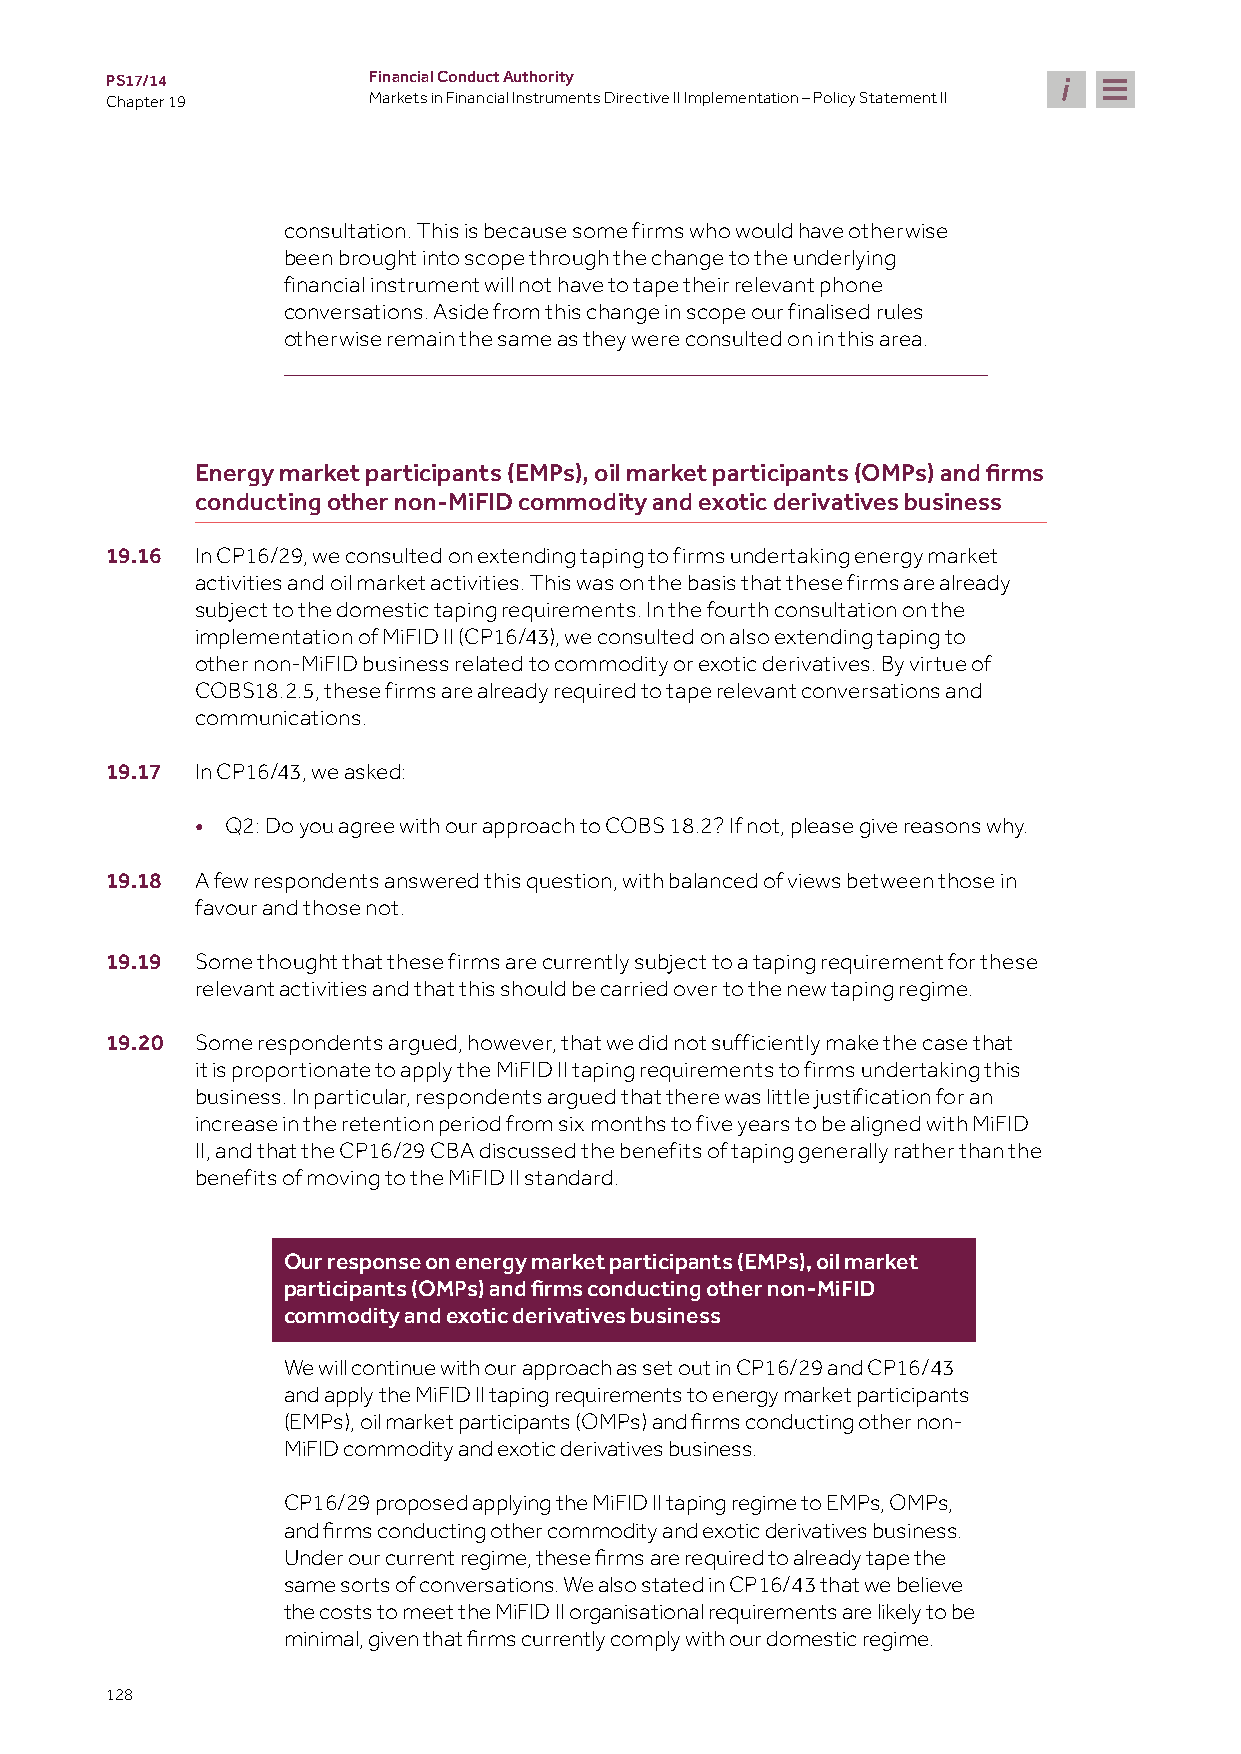
PS17/14          Financial Conduct Authority
 Chapter 19       Markets in Financial Instruments Directive II Implementation – Policy Statement II
 consultation. This is because some firms who would have otherwise
 been brought into scope through the change to the underlying
 financial instrument will not have to tape their relevant phone
 conversations. Aside from this change in scope our finalised rules
 otherwise remain the same as they were consulted on in this area.
 Energy market participants (EMPs), oil market participants (OMPs) and firms
 conducting other non-MiFID commodity and exotic derivatives business
 19.16 In CP16/29, we consulted on extending taping to firms undertaking energy market
 activities and oil market activities. This was on the basis that these firms are already
 subject to the domestic taping requirements. In the fourth consultation on the
 implementation of MiFID II (CP16/43), we consulted on also extending taping to
 other non-MiFID business related to commodity or exotic derivatives. By virtue of
 COBS18.2.5, these firms are already required to tape relevant conversations and
 communications.
 19.17 In CP16/43, we asked:
 • Q2: Do you agree with our approach to COBS 18.2? If not, please give reasons why.
 19.18 A few respondents answered this question, with balanced of views between those in
 favour and those not.
 19.19 Some thought that these firms are currently subject to a taping requirement for these
 relevant activities and that this should be carried over to the new taping regime.
 19.20 Some respondents argued, however, that we did not sufficiently make the case that
 it is proportionate to apply the MiFID II taping requirements to firms undertaking this
 business. In particular, respondents argued that there was little justification for an
 increase in the retention period from six months to five years to be aligned with MiFID
 II, and that the CP16/29 CBA discussed the benefits of taping generally rather than the
 benefits of moving to the MiFID II standard.
 Our response on energy market participants (EMPs), oil market
 participants (OMPs) and firms conducting other non-MiFID
 commodity and exotic derivatives business
 We will continue with our approach as set out in CP16/29 and CP16/43
 and apply the MiFID II taping requirements to energy market participants
 (EMPs), oil market participants (OMPs) and firms conducting other non-
 MiFID commodity and exotic derivatives business.
 CP16/29 proposed applying the MiFID II taping regime to EMPs, OMPs,
 and firms conducting other commodity and exotic derivatives business.
 Under our current regime, these firms are required to already tape the
 same sorts of conversations. We also stated in CP16/43 that we believe
 the costs to meet the MiFID II organisational requirements are likely to be
 minimal, given that firms currently comply with our domestic regime.
 128